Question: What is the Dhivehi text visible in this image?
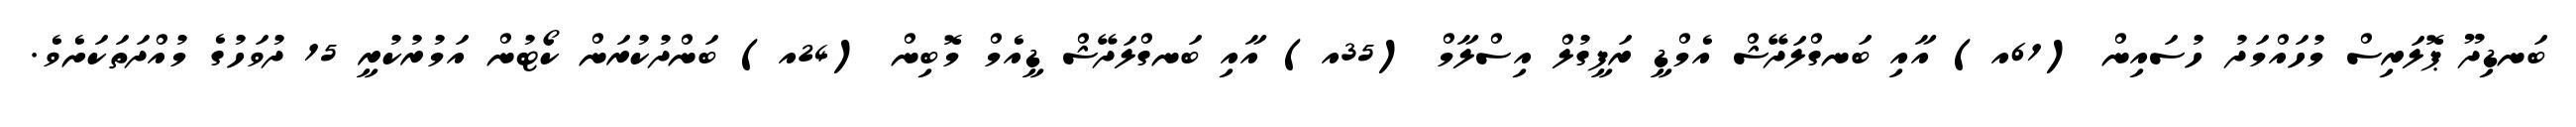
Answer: ބަނޑިދޫ ޕޮލަރިސް މުހައްމަދު ހުސައިން (61އ) އާއި ބަނގްލަދޭޝް އެމްޑީ ރަފީގުލް އިސްލާމް (35އ) އާއި ބަނގްލަދޭޝް ޑީއެމް މޮބިން (24އ) ބަންދުކުރަން ކޯޓުން އަމުރުކުރީ 15 ދުވަހުގެ މުއްދަތަކަށެވެ.